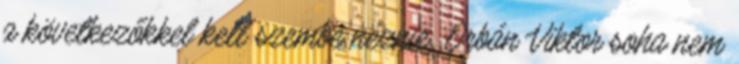
a következőkkel kell szembe néznie. Orbán Viktor soha nem